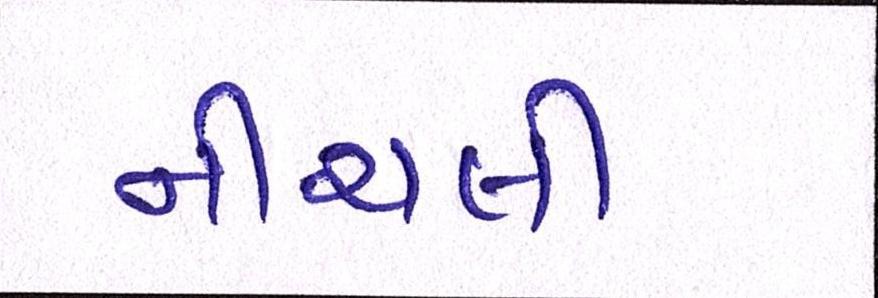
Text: નીચલી